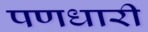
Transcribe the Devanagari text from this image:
पणधारी